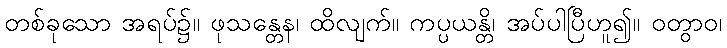
တစ်ခုသော အရပ်၌။ ဖုသန္တေန၊ ထိလျက်။ ကပ္ပယန္တိ၊ အပ်ပါပြီဟူ၍။ ဝတွာဝ၊